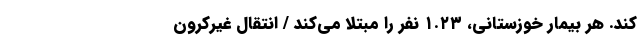
کند. هر بیمار خوزستانی، ۱.۲۳ نفر را مبتلا می‌کند / انتقال غیرکرون